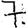
Digit: 7